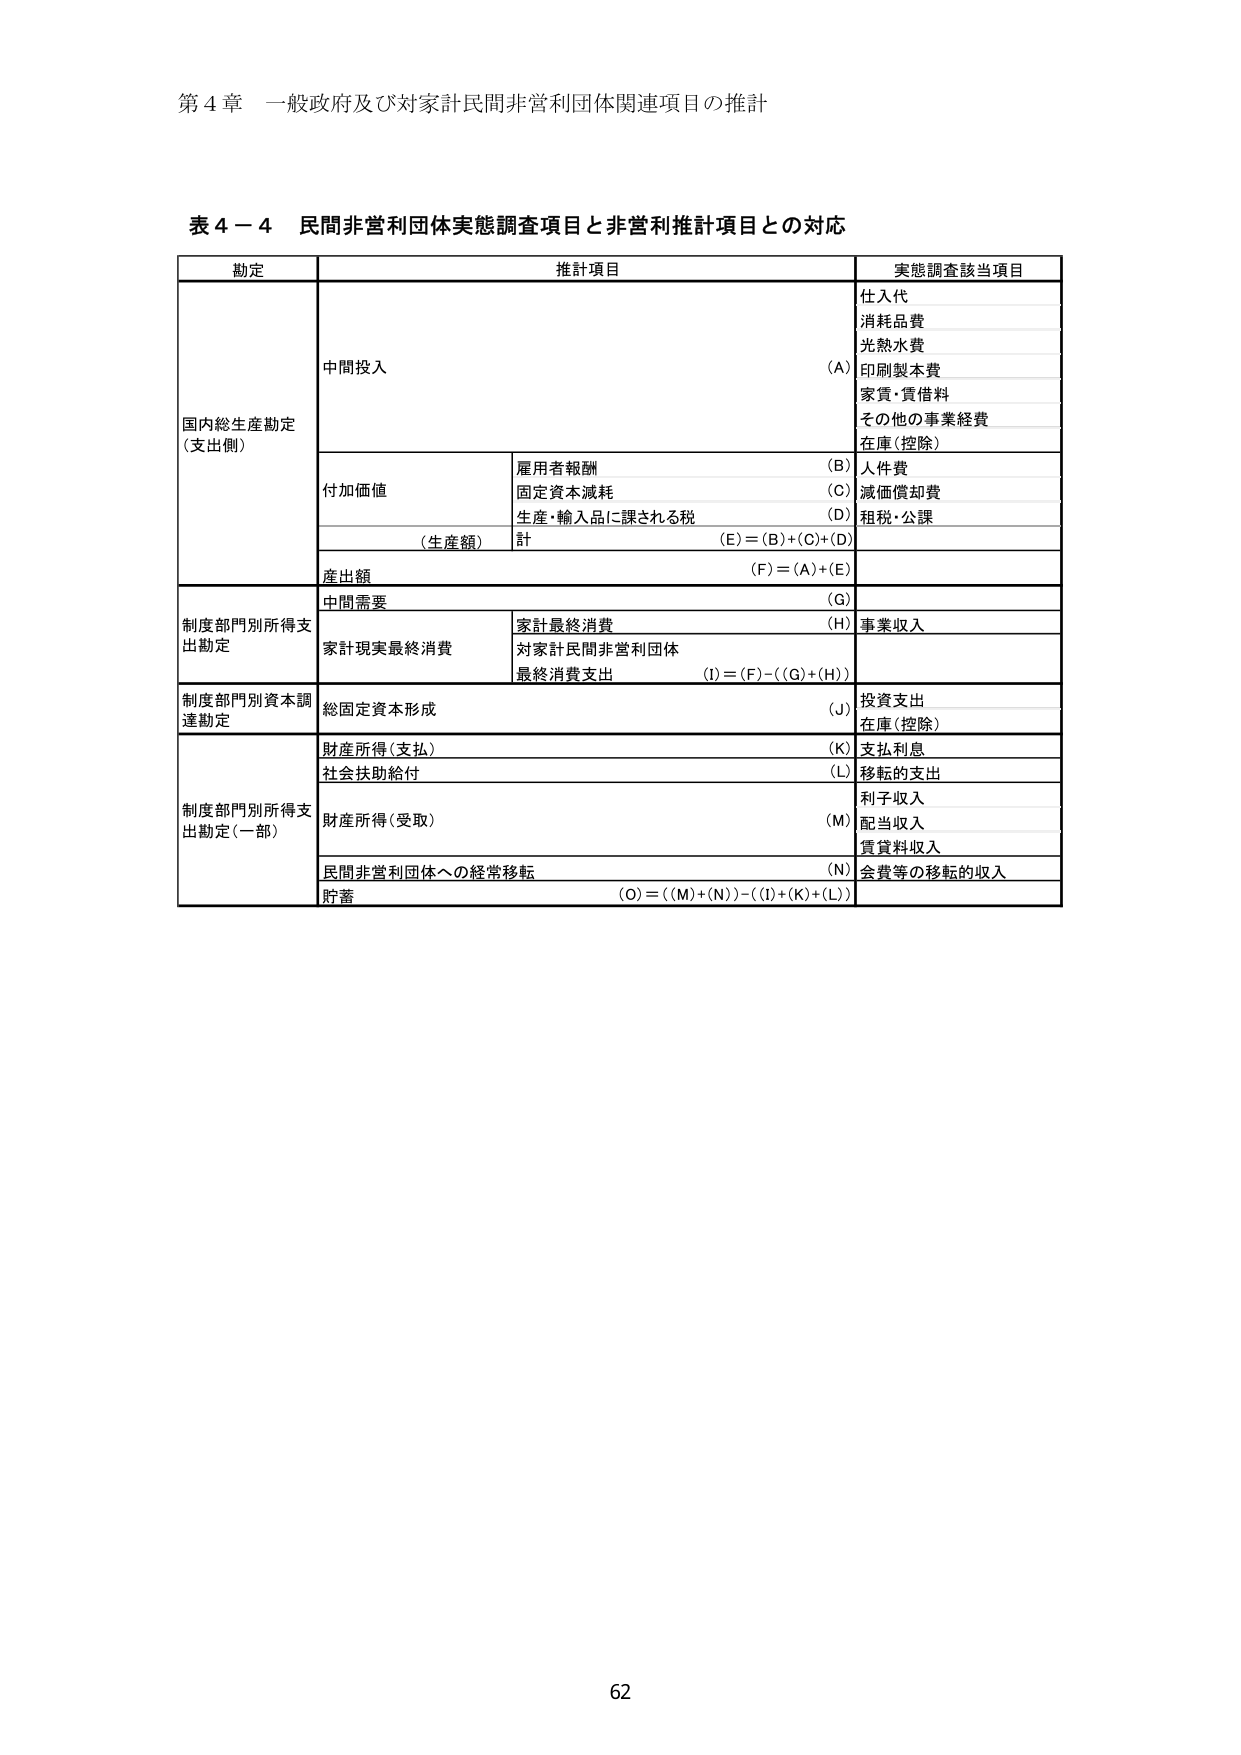
第４章 一般政府及び対家計民間非営利団体関連項目の推計

表４－４ 民間非営利団体実態調査項目と非営利推計項目との対応

勘定 推計項目 実態調査該当項目

国内総生産勘定 （支出側） 中間投入 （A） 仕入代 消耗品費 光熱水費 印刷製本費 家賃・賃借料 その他の事業経費 在庫（控除）

付加価値 雇用者報酬 （B） 人件費 固定資本減耗 （C） 減価償却費 生産・輸入品に課される税 （D） 租税・公課 （生産額） 計 （E）＝（B）＋（C）＋（D）

産出額 （F）＝（A）＋（E）

制度部門別所得支出勘定 中間需要 （G） 家計現実最終消費 家計最終消費 （H） 事業収入 対家計民間非営利団体 最終消費支出 （I）＝（F）－（（G）＋（H））

制度部門別資本調達勘定 総固定資本形成 （J） 投資支出 在庫（控除）

制度部門別所得支出勘定（一部） 財産所得（支払） （K） 支払利息 社会扶助給付 （L） 移転的支出 財産所得（受取） （M） 利子収入 配当収入 賃貸料収入 民間非営利団体への経常移転 （N） 会費等の移転的収入 貯蓄 （O）＝（（M）＋（N））－（（I）＋（K）＋（L））

62